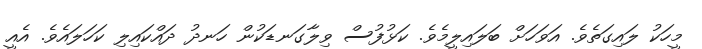
މީހަކު ލައިގަތެވެ. އަވަހަށް ބަލައިލީމެވެ. ކަޅުފުސް ވިލާގަނޑަކުން ހަނދު ދައްކައިލި ކަހަލައެވެ. އެއީ